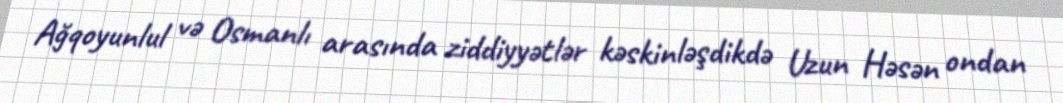
Ağqoyunlul və Osmanlı arasında ziddiyyətlər kəskinləşdikdə Uzun Həsən ondan